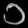
Digit: ၁